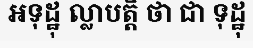
អទុដ្ឋុ ល្លាបត្តិ ថា ជា ទុដ្ឋុ